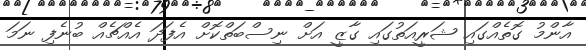
އާންމު ގޮތެއްގައި ޝަރީއަތުގައި ގާޒީ އަށް ނިސްބަތްކޮށް އެފަދަ އެއްޗެއް ބުނެފި ނަމަ